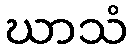
ဃာသံ